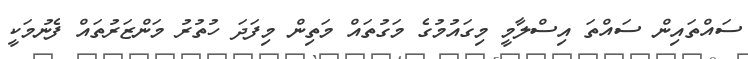
ސައްތައިން ސައްތަ އިސްލާމީ މިގައުމުގެ މަގުތައް މަތިން މިފަދަ ހުތުރު މަންޒަރުތައް ފެނުމަކީ